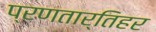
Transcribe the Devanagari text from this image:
प्रणतार्तिहर